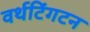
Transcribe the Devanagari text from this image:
वर्थटिंगटन